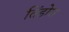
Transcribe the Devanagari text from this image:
तिंड़ोरा